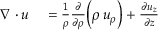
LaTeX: \begin{array} { r l } { \nabla \cdot { \boldsymbol { u } } } & { { } = { \frac { 1 } { \rho } } { \frac { \partial } { \partial \rho } } { \Bigl ( } \rho \, u _ { \rho } { \Bigr ) } + { \frac { \partial u _ { z } } { \partial z } } } \end{array}